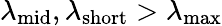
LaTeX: \lambda_{\mathrm{mid}},\lambda_{\mathrm{short}}>\lambda_{\mathrm{max}}